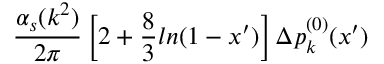
{ \frac { \alpha _ { s } ( k ^ { 2 } ) } { 2 \pi } } \left[ 2 + { \frac { 8 } { 3 } } l n ( 1 - x ^ { \prime } ) \right] \Delta p _ { k } ^ { ( 0 ) } ( x ^ { \prime } )